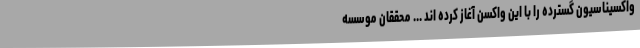
واکسیناسیون گسترده را با این واکسن آغاز کرده اند ... محققان موسسه